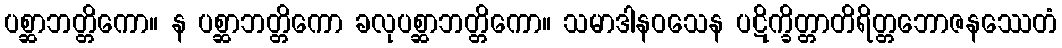
ပစ္ဆာဘတ္တိကော။ န ပစ္ဆာဘတ္တိကော ခလုပစ္ဆာဘတ္တိကော။ သမာဒါနဝသေန ပဋိက္ခိတ္တာတိရိတ္တဘောဇနဿေတံ